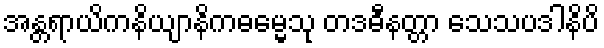
အန္တရာယိကနိယျာနိကဓမ္မေသု တဒဓီနတ္တာ သေသပဒါနိပိ